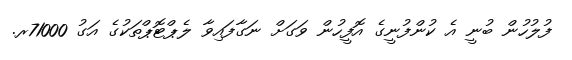
ފުލުހުން ބުނީ އެ ކުންފުނީގެ އޮފީހުން ވަގަށް ނަގާފައިވާ ލެޕްޓޮޕްތަކުގެ އަގު 71000ރ.